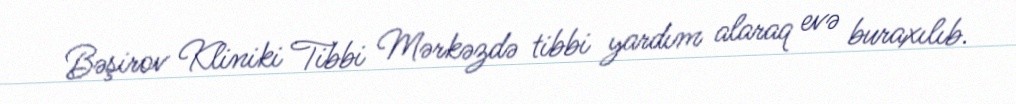
Bəşirov Kliniki Tibbi Mərkəzdə tibbi yardım alaraq evə buraxılıb.